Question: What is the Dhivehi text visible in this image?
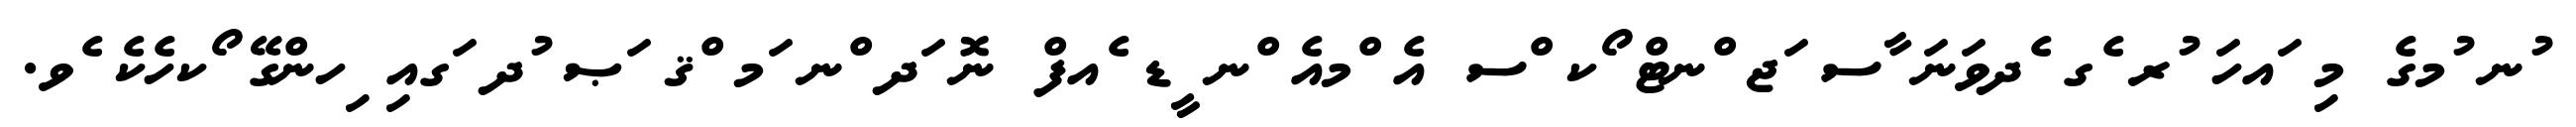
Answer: ުނ ުމގެ މި ައހަ ުރ ެގ ެދވަނަ ާސ ަޖ ްނޓް ޯކ ްސ އެ ްމއެ ްނ ީޑ ެއފް ނޮ ަދ ްނ ަމ ްޤ ަޞ ުދ ަގއި ިހންގޭ ޯކހެކެ ެވ.